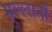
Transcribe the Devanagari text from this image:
मुल्लानी